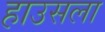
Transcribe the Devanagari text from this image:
हाउसला